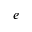
^ e